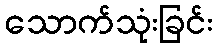
သောက်သုံးခြင်း